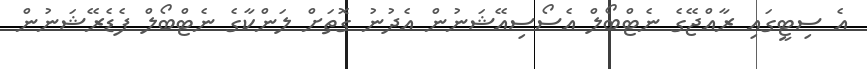
އެ ސިޓީގައި ރާއްޖޭގެ ނެޓްބޯލް އެސޯސިއޭޝަނުން އެދުނު ގޮތަށް ލަންކާގެ ނެޓްބޯލް ފެޑެރޭޝަނުން